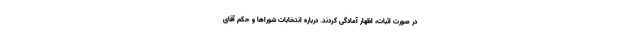
در صورت اثبات، اظهار آمادگى كردند. درباره انتخابات شوراها و حكم آقای